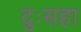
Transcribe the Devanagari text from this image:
दुःसहा